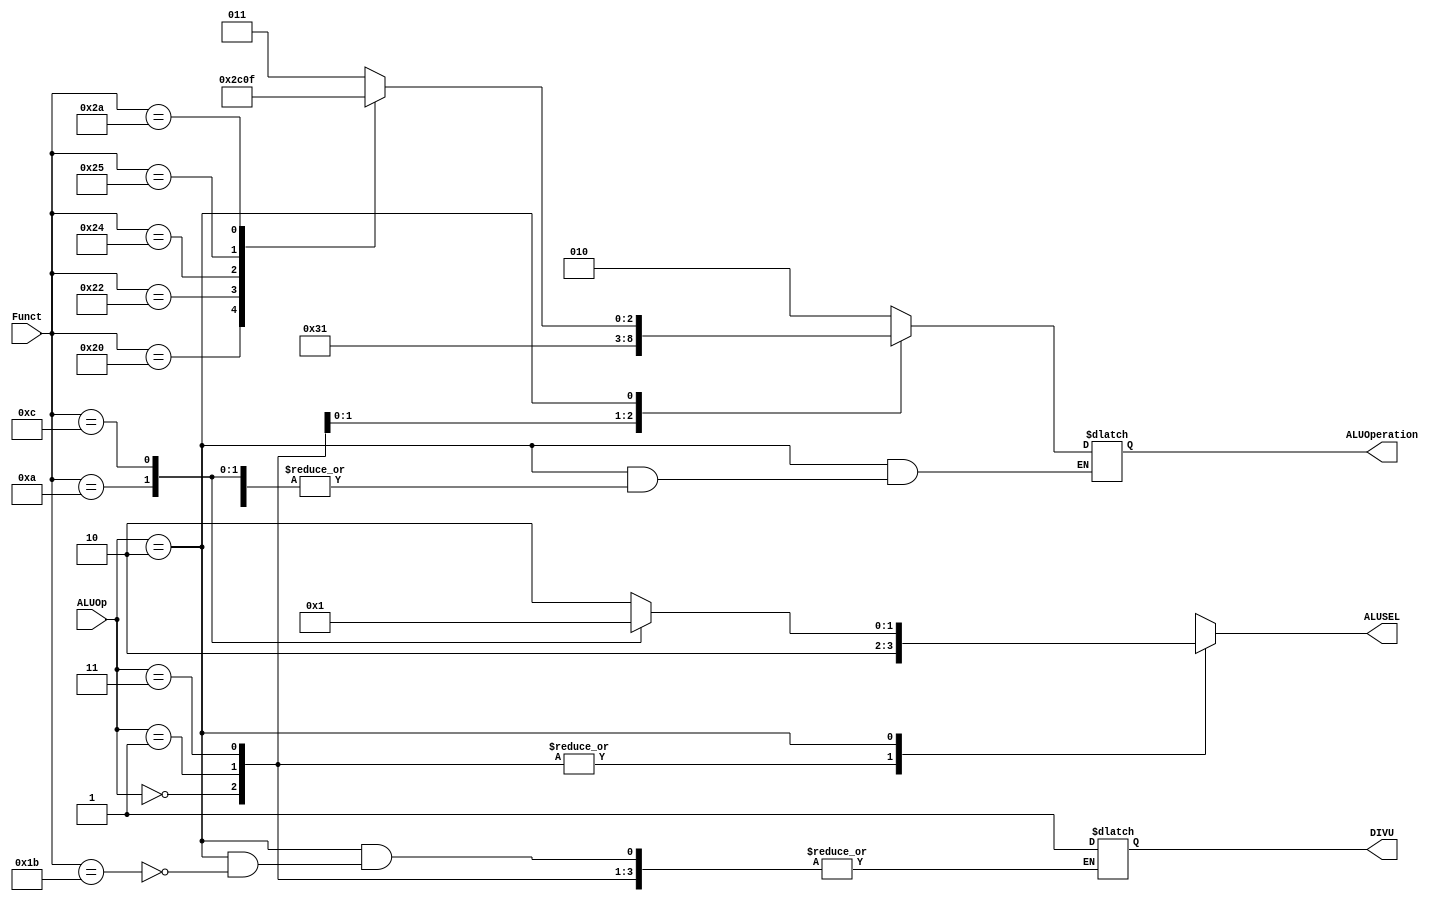
module alu_ctl(ALUOp, Funct, ALUOperation, DIVU, ALUSEL);
    input  [1:0] ALUOp;
    input  [5:0] Funct;
    output reg DIVU;
    output reg [1:0] ALUSEL;
    output reg [2:0] ALUOperation;

    parameter F_sll = 6'd0;
    parameter F_mfhi = 6'd10;
    parameter F_mflo = 6'd12;
    parameter F_divu = 6'd27;
    parameter F_add = 6'd32;
    parameter F_sub = 6'd34;
    parameter F_and = 6'd36;
    parameter F_or = 6'd37;
    parameter F_slt = 6'd42;

    parameter ALU_sll = 3'b011;
    parameter ALU_add = 3'b010;
    parameter ALU_sub = 3'b110;
    parameter ALU_and = 3'b000;
    parameter ALU_or = 3'b001;
    parameter ALU_slt = 3'b111;

    always @(ALUOp or Funct) begin
        ALUSEL = 2;
        case (ALUOp)
        2'b00 : ALUOperation = ALU_add;
        2'b01 : ALUOperation = ALU_sub;
        2'b11 : ALUOperation = ALU_or ;
        2'b10 : case (Funct)
                F_sll : ALUOperation = ALU_sll;
                F_add : ALUOperation = ALU_add;
                F_sub : ALUOperation = ALU_sub;
                F_and : ALUOperation = ALU_and;
                F_or : ALUOperation = ALU_or;
                F_slt : ALUOperation = ALU_slt;
                F_divu: DIVU = 1;
                F_mfhi: ALUSEL = 0;
                F_mflo: ALUSEL = 1;
                default : ALUOperation = 3'bxxx;
                endcase
        default ALUOperation = 3'bxxx;
        endcase
    end

endmodule